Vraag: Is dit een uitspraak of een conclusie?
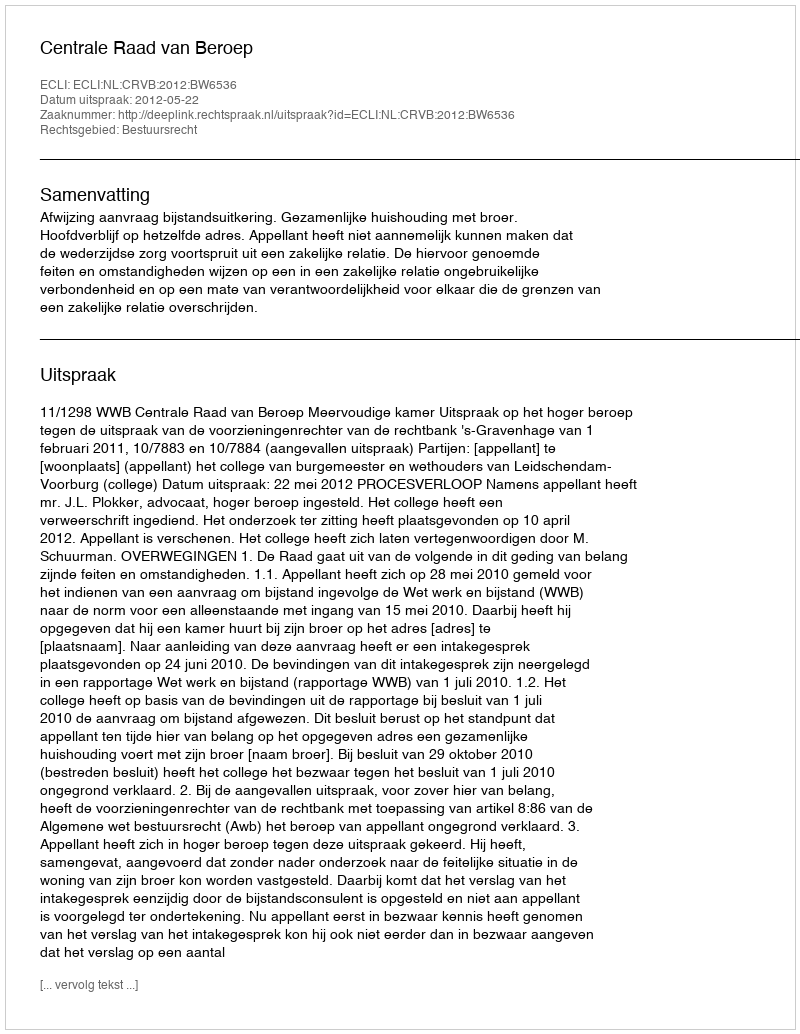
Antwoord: Uitspraak